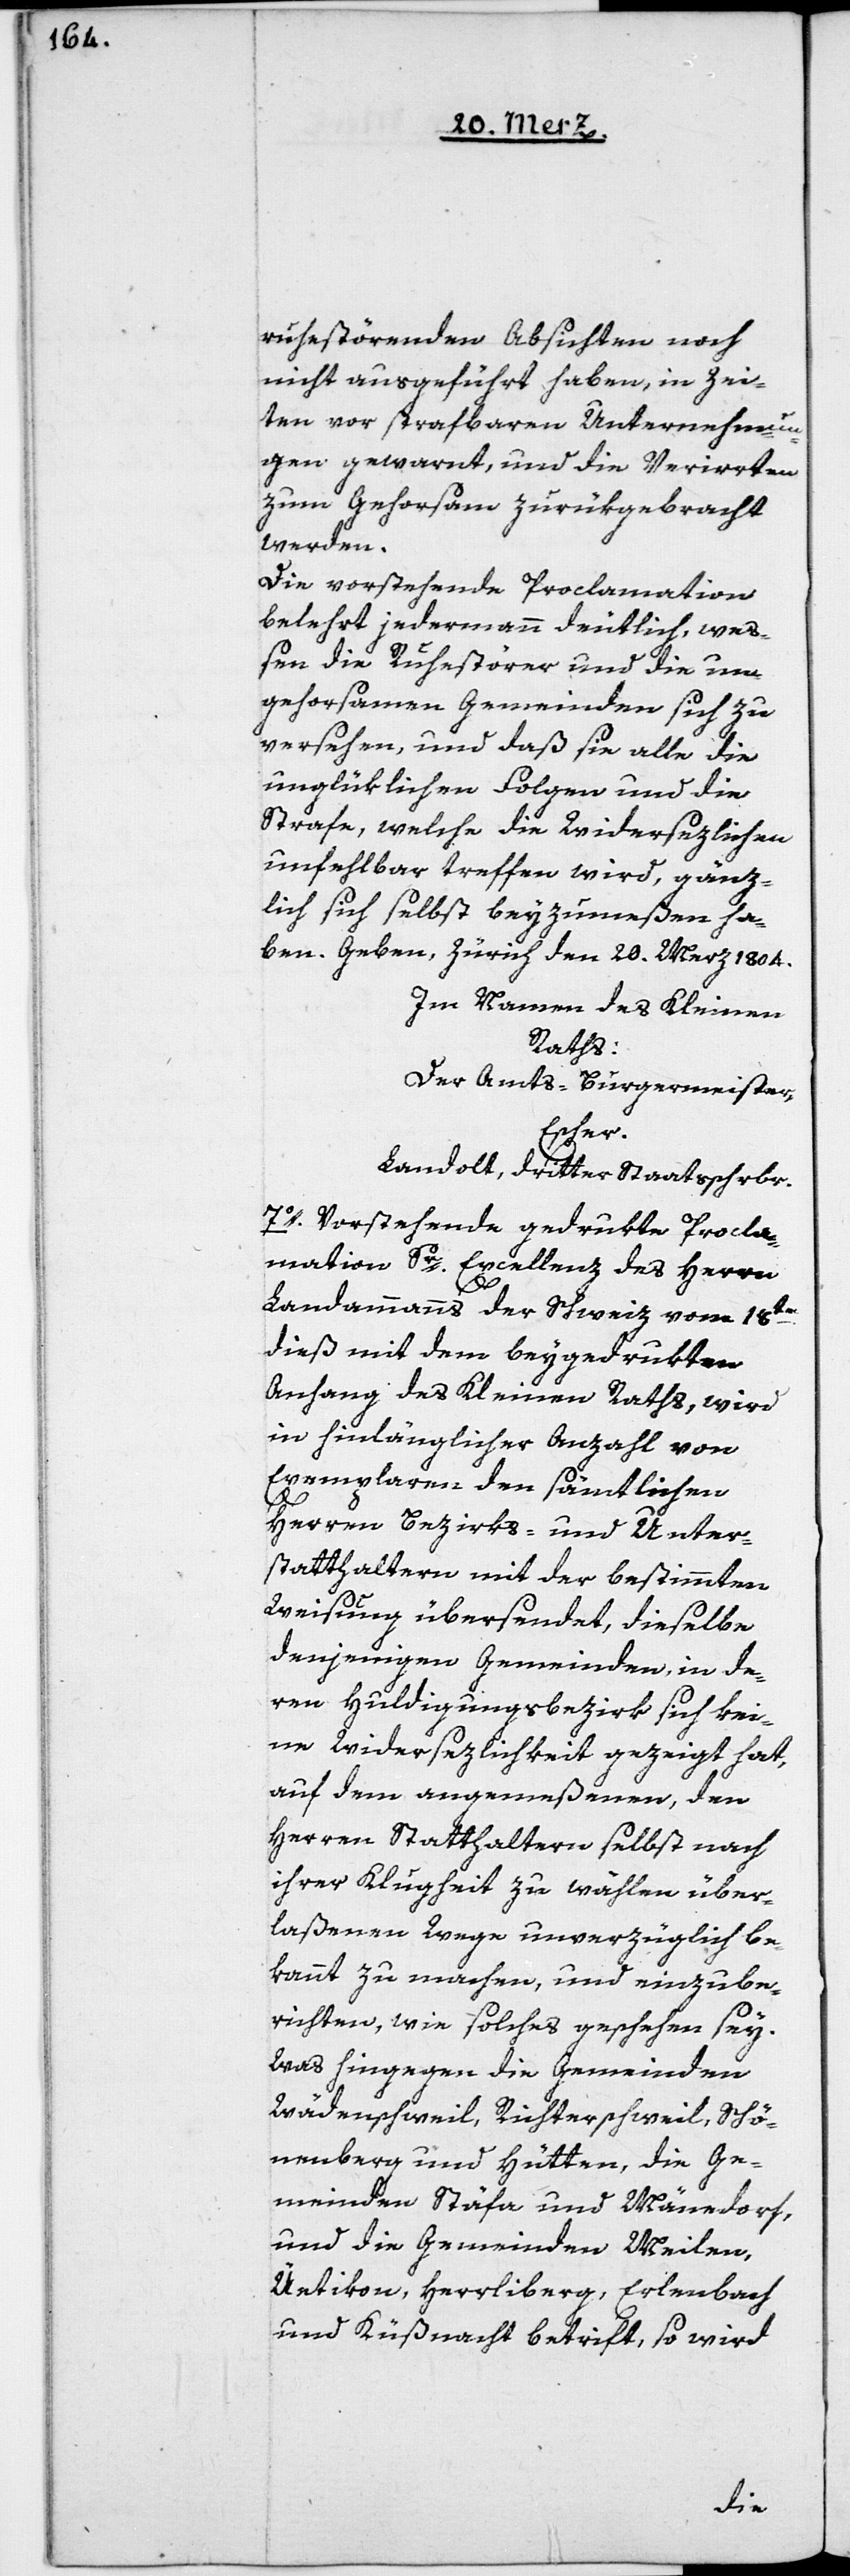
ruhestörenden Absichten noch
nicht ausgeführt haben, in Zei¬
ten vor strafbaren Unternehmun¬
gen gewarnt, und die Verirrten
zum Gehorsam zurükgebracht
werden.
Die vorstehende Proclamation
belehrt jedermann deutlich, we¬
ßen die Ruhestörer und die un¬
gehorsamen Gemeinden sich zu
versehen, und daß sie alle die
unglüklichen Folgen und die
Strafe, welche die Widersezlichen
unfehlbar treffen wird, gänz¬
lich sich selbst bey zumeßen ha¬
ben. Geben, Zürich den 20ten Merz 1804.
Im Namen des Kleinen
Raths:
Der Amts-Burgermeister,
Escher.
Landolt, dritter Staatsschr[ber].
7o. Vorstehende gedrukte Procla¬
mation Sr Excellenz des Herrn
Landammanns der Schweiz vom 18ten
dieß mit dem beygedrukten
Anhang des Kleinen Raths, wird
in hinlänglicher Anzahl von
Exemplaren den sämtlichen
Herren Bezirks- und Unter¬
statthaltern mit der bestimmten
Weisung übersendet, dieselbe
denjenigen Gemeinden, in de¬
ren Huldigungsbezirk sich kei¬
ne Widersezlichkeit gezeigt hat,
auf dem angemeßenen, den
Herren Statthaltern selbst nach
ihrer Klugheit zu wählen über¬
laßenen Wege unverzüglich be¬
kannt zu machen, und einzube¬
richten, wie solches geschehen sey.
Was hingegen die Gemeinden
Wädenschweil, Richterschweil, Schö¬
nenberg und Hütten, die Ge¬
meinden Stäfa und Männedorf,
und die Gemeinden Meilen,
Uetikon, Herrliberg, Erlenbach
und Küßnacht betrift, so wird